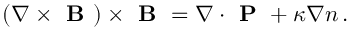
\begin{array} { r } { ( \nabla \times \textbf { B } ) \times \textbf { B } = \nabla \cdot \textbf { P } + \kappa \nabla n \, . } \end{array}